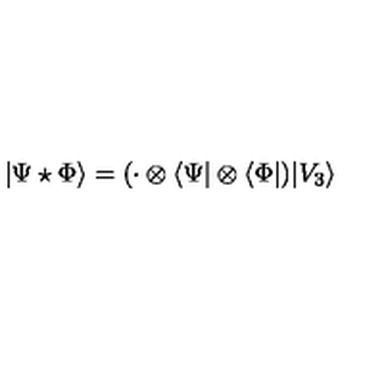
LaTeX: | \Psi \star \Phi \rangle = ( \cdot \otimes \langle \Psi | \otimes \langle \Phi | ) | V _ { 3 } \rangle